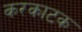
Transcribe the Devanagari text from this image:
करकाटक